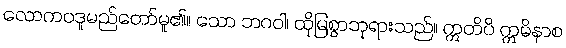
လောကဝဒူမည်တော်မူ၏။ သော ဘဂဝါ၊ ထိုမြစွာဘုရားသည်။ ဣတိပိ ဣမိနာစ